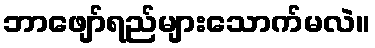
ဘာဖျော်ရည်များသောက်မလဲ။